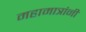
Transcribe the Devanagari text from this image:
महामात्रांनी